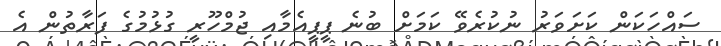
ސައްހަކަން ކަށަވަރު ނުކުރެވޭ ކަމަށް ބުނެ ޕީޕީއެމާއި ޖުމްހޫރީ ގުޅުމުގެ ފަރާތުން އެ